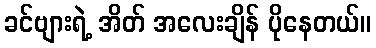
ခင်ဗျားရဲ့ အိတ် အလေးချိန် ပိုနေတယ်။